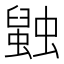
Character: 𲀋